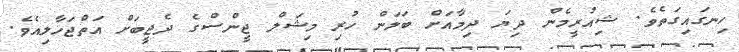
ހިނގައިގަތެވެ. ޝިއުރީމެން ދިޔަ ދިމާއަށް ބަލަން ހުރި މިޝަލް ޖީންސްގެ ދެޖީބަށް އަތްޖަހާލިއެވެ.